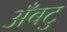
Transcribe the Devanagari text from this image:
अँबटु